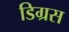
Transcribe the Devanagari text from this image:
डिग्रस